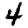
Digit: 4